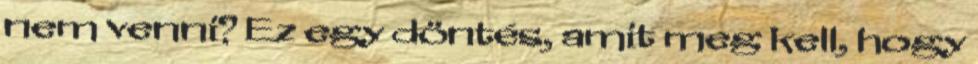
nem venni? Ez egy döntés, amit meg kell, hogy